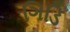
ગિડિ